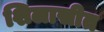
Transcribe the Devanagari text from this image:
शिलासीत